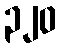
၃၂၀